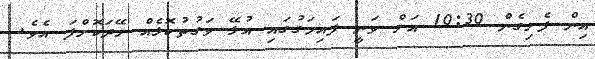
އިން ފެށިގެން 10:30 އަށް ވަނީ ފައިމަގުގައި އުޅޭ ވަގުތުކޮޅެއް ހޭދަކޮށްފަ އެވެ.